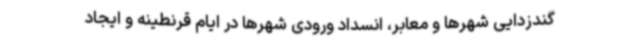
گندزدایی شهرها و معابر، انسداد ورودی شهرها در ایام قرنطینه و ایجاد